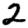
Digit: 2